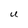
Character: U